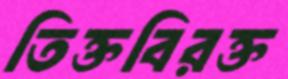
তিক্তবিরক্ত